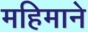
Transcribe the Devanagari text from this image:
महिमाने